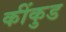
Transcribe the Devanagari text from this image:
कींकुड